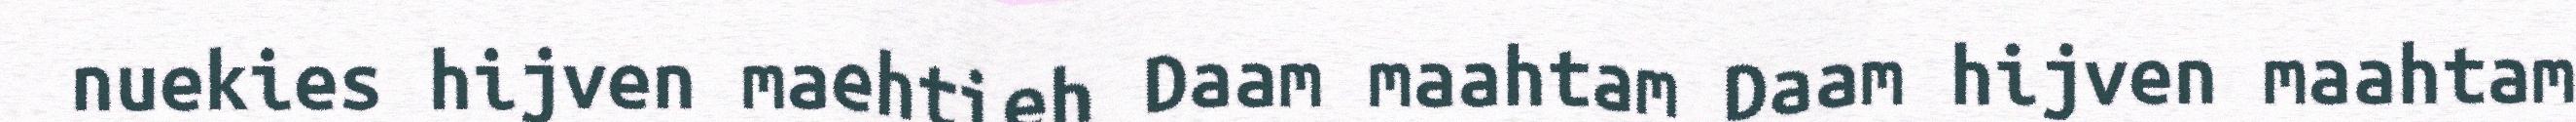
nuekies hijven maehtieh Daam maahtam Daam hijven maahtam